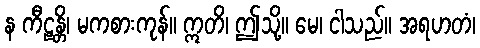
န ကီဠန္တိ၊ မကစားကုန်။ ဣတိ၊ ဤသို့။ မေ၊ ငါသည်။ အရဟတံ၊